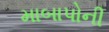
માબાપોની